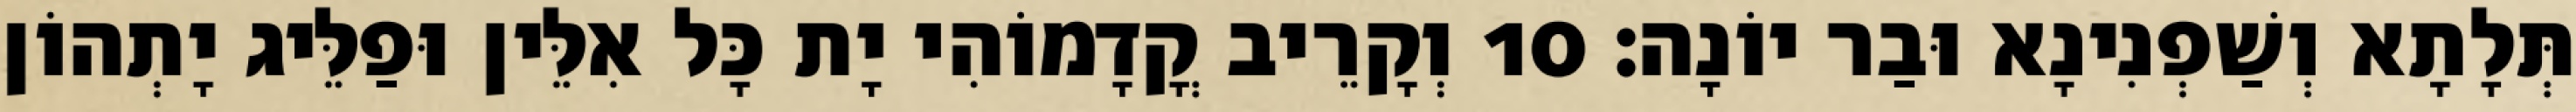
תְּלָתָא וְשַׁפְנִינָא וּבַר יוֹנָה׃ 10 וְקָרֵיב קֳדָמוֹהִי יָת כָּל אִלֵּין וּפַלֵּיג יָתְהוֹן